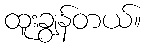
ထူးချွန်တယ်။